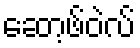
ဆော့ဖ်ဝဲလ်